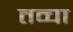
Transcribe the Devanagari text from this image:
तव्चा